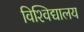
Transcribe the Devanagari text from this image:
विश्‍विद्यालय